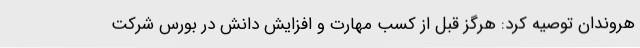
هروندان توصیه کرد: هرگز قبل از کسب مهارت و افزایش دانش در بورس شرکت